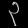
Digit: ၃